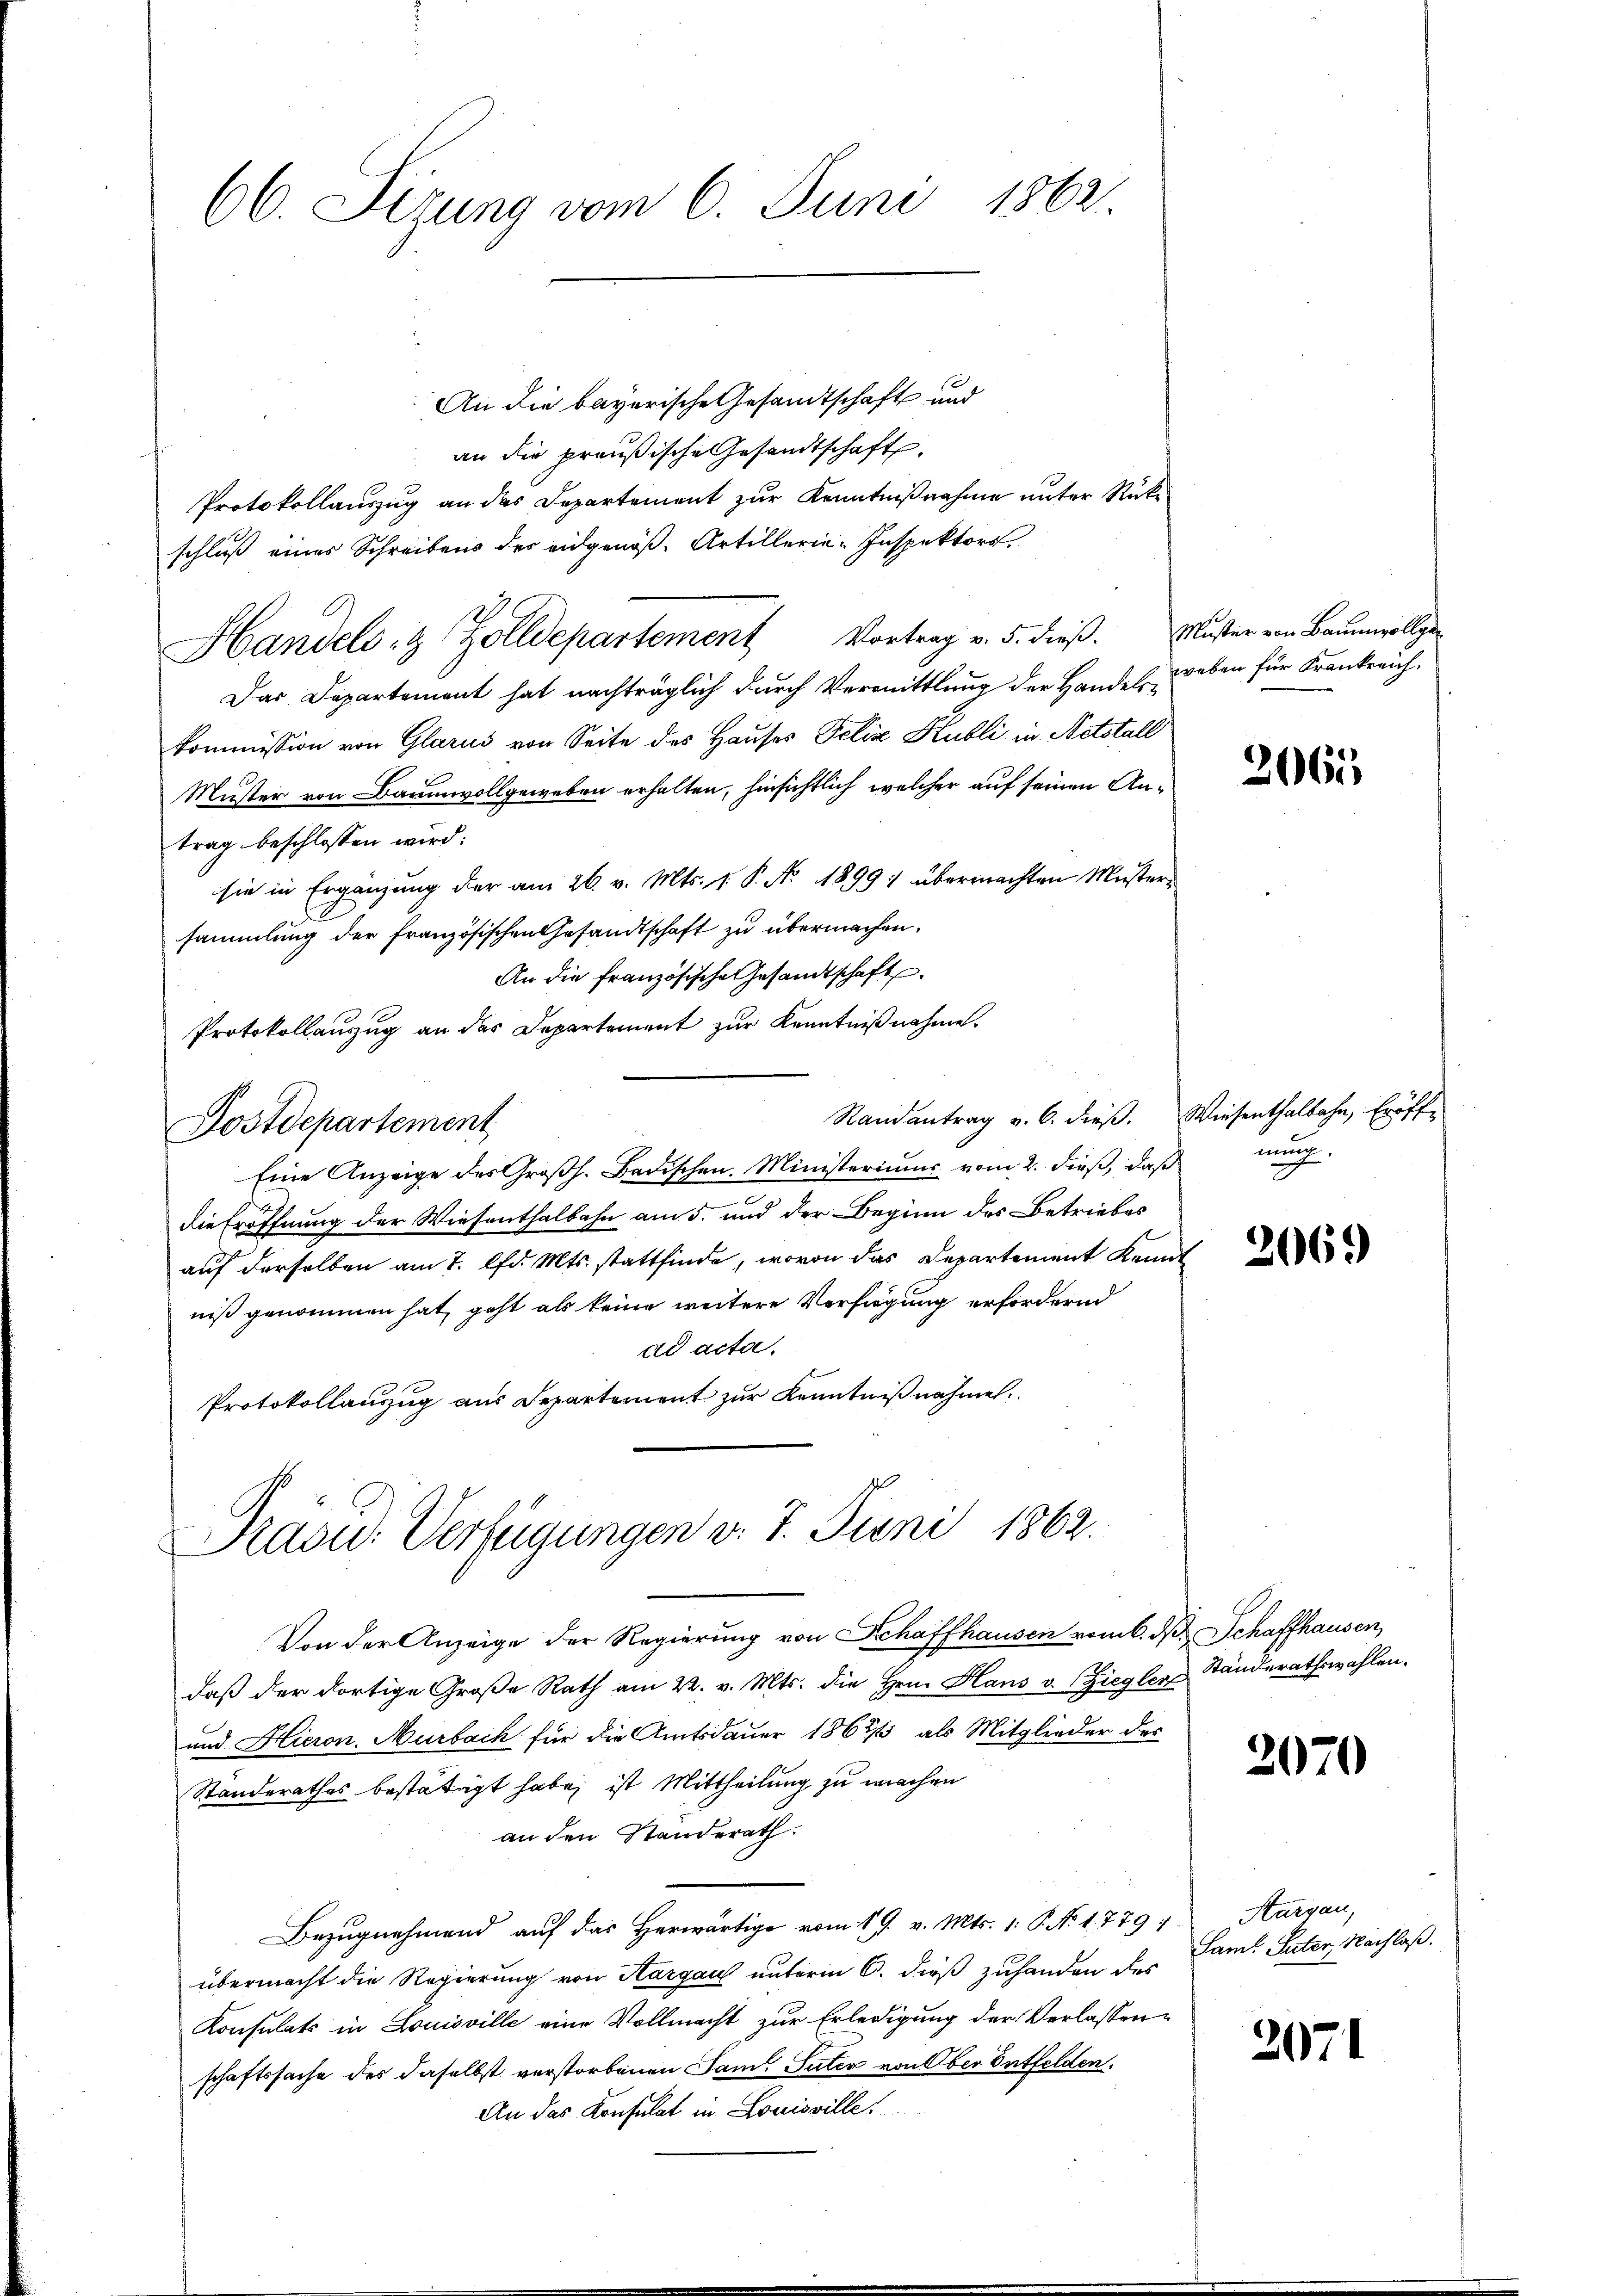
66. Sizung vom 6. Juni 1862.

An die bayerische Gesandtschaft und
an die preußische Gesandtschaft.
Protokollauszug an das Departement zur Kenntnißnahme unter Rückschluß eines Schreibens des eidgenöß-Artillerie-Inspektors.
Handels- & Zolldepartement Vortrag v. 5. dieβ. Muster von Baŭmvollge-
Das Departement hat nachträglich durch Vermittlung der Handel eben für Krankreich
kommission von Glarus von Seite des Hauses Felix Kubli in Netstall
Muster von Baumwollgeweben erhalten, hinsichtlich welcher auf seinen Antrag beschlossen wird:
sie in Ergänzung der am 26. v. Mts. 1 P. No. 1899 1 übermachten Mustersammlung der französischen Gesandtschaft zu übermachen.
An die Französische Gesandtschaft
Protokollanzug an das Departement zur Kenntnißnahme.
Randantrag v. 6. dieβ. Wiesenthalbahn, Eröff-
Postdepartement
Eine Anzeige des Großh. Badischen. Ministeriums vom 2. dieß, daß
die Eröffnung der Wiesenthalbahn am 5. und der Beginn des Betriebes
auf derselben am 7. lfd. Mts. stattfinde, wovon das Departement Kennt
niß genommen hat, geht als keine weitere Verfügung erfordernd
ad acta.
Protokollauszug aus Departement zur Kenntnißnahmen.
Präsid. Verfügungen v. 7. Juni 1862.
Von der Anzeige der Regierung von Schaffhausen vom 6. d. Schaffhausen,
daß der dortige Große Rath am 22. v. Mts. die Hrn. Hans v. Ziegler Ständerathswahlen.
und Hieron, Murbach für die Amtsdauer 1862/3 als Mitglieder des
Standerathes bestätigt habe, ist Mittheilung zu machen
an den Standerath.
Bezugnehmend auf das Herwärtige vom 19. v. Mts. 1. P. N. 1779, Aargau,
übermacht die Regierung von Aargau unterm 6. dieß zuhanden des Saml Pater, Nachlaß.
Konsulats in Louisville eine Vollmacht zur Erledigung der Verlassenschaftssache des daselbst verstorbenen Saml Suter von Ober Entfelden.
An das Konsulat in Louisville.

2062

nung.
I

206.

2070

2071